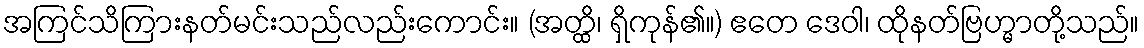
အကြင်သိကြားနတ်မင်းသည်လည်းကောင်း။ (အတ္ထိ၊ ရှိကုန်၏။) ဧတေ ဒေဝါ၊ ထိုနတ်ဗြဟ္မာတို့သည်။